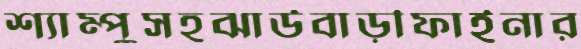
শ্যাম্পুসহঝাউবাড়ীফাইনার